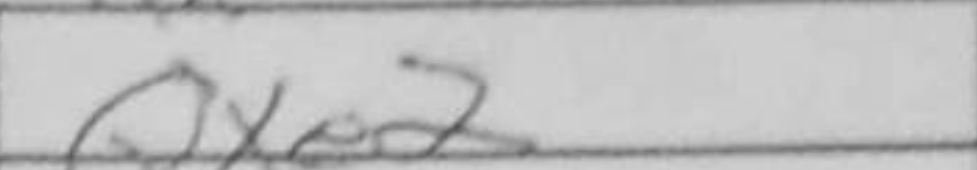
Transcription: Qxe2